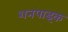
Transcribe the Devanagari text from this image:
शनपाइक